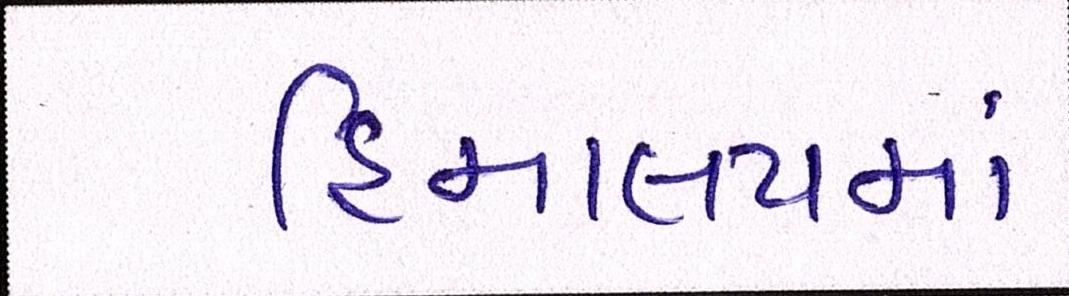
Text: હિમાલયમાં